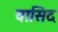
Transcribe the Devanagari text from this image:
वासिद